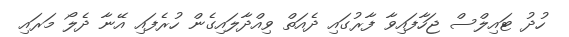
ހުދު ޓައިލްސް ޖަހާފައިވާ ފާރުގައި ދެއަތް ވިއްދާލައިގެން ހުރެފައި އޭނާ ދެލޯ މަރައި